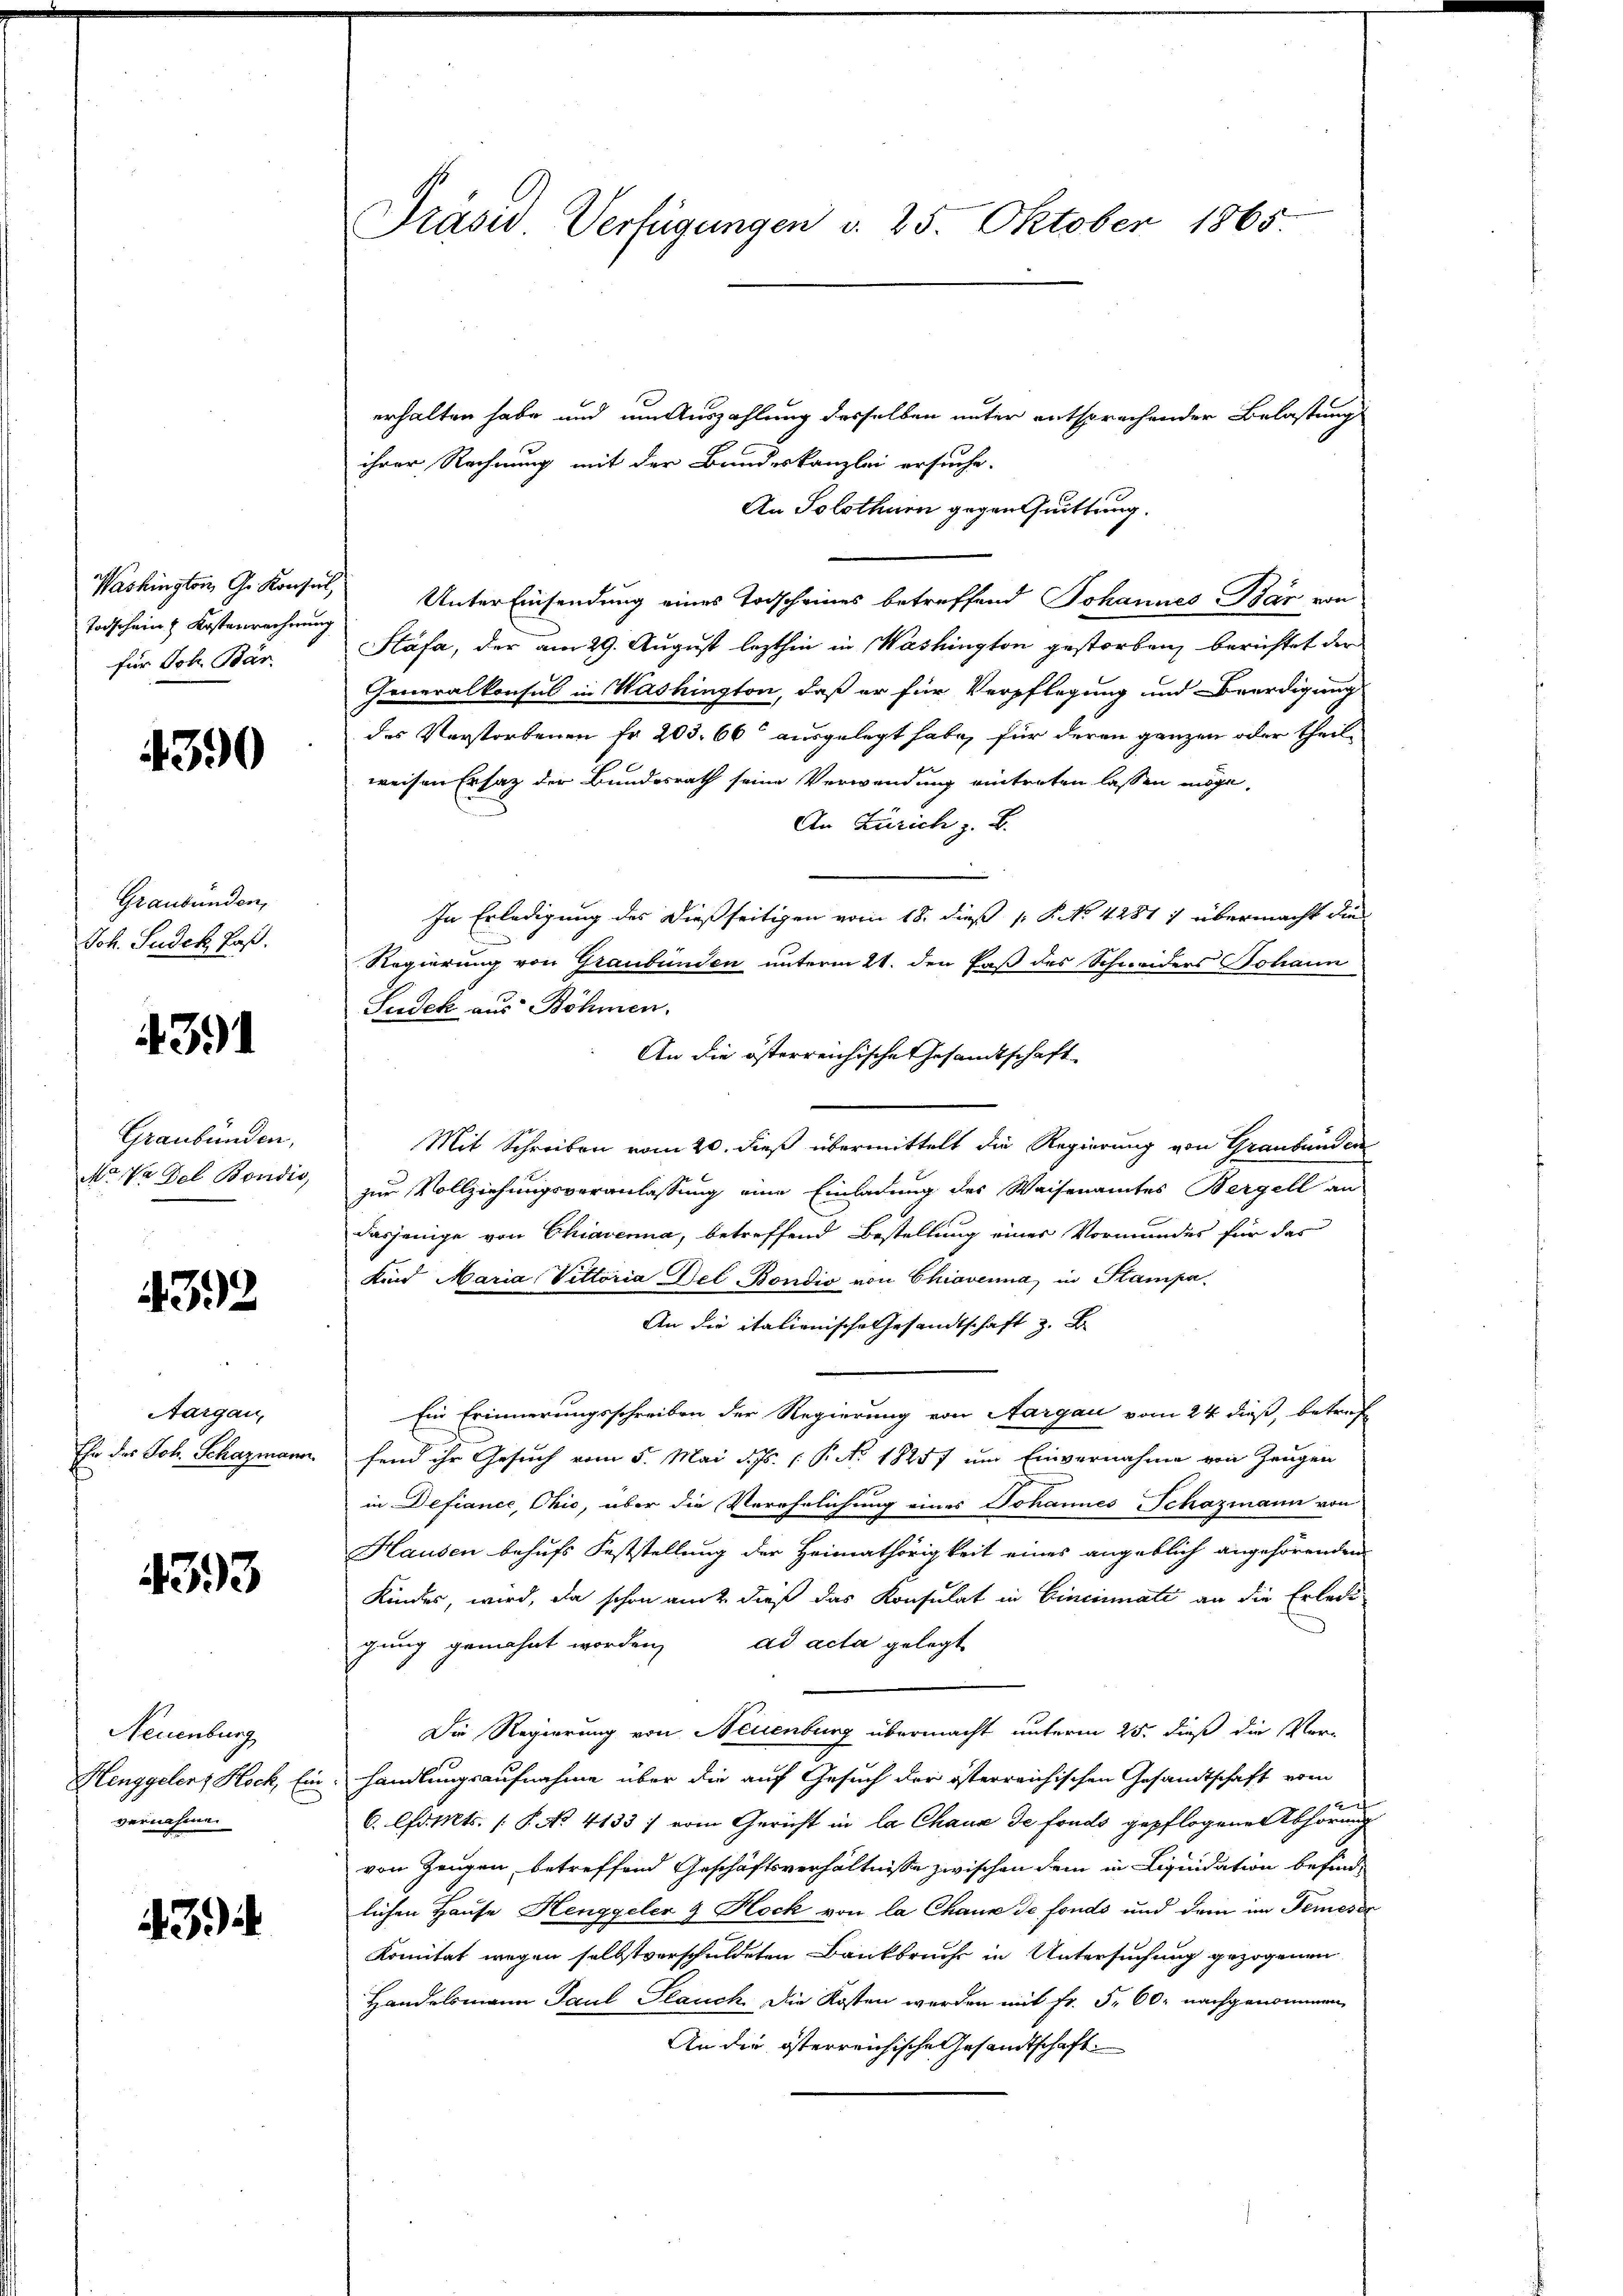
Todschein Kostenrechnung
für Joh. Bär

4390

Graubünden,
Joh. Sudek Faß.

4391

Graubünden,
Mode del Bondis,

4392

Aargau,

4393

Neuenburg
Henggelenz Hock, Ein
vernahmen

43

Präsid Verfügungen d. 25. Oktober 1865.

erhalten habe und um Auszahlung desselben unter entsprachender Belastung
ihrer Rechnung mit der Bundeskanzlei ersuche.
An Solothurn gegen Quittung.
Washington G. Konsul, Unter Einsendung eines Todscheines betreffend Johannes Bär von
Stäfa, der am 29. August lezthin in Washington gestorben, berichtet der
Generalkonsul in Washington, daß er für Verpflegung und Beerdigung
des Verstorbenen fr. 203. 66 ausgelegt habe, für deren ganzen oder theilweisen Ersatz der Bundesrath seine Verwendung eintreten lassen möge,
An Zürich z. B.
In Erledigung des dießseitigen vom 18. dieß P. No 4281) übermacht die
Regierung von Graubünden unterm 21. den Faß des Schneiders Johann
Sudek aus Böhmen.
An die österreichische Gesandtschaft
Mit Schreiben vom 20. dieß übermittelt die Regierung von Graubünden
zur Vollziehungsveranlassung eine Einladung des Waisenamtes Bergell an
dasjenige von Chiaverna, betreffend Bestellung einer Vormundes für das
Kind Maria Vittoria del Bondio von Chiaverna, in Stampa
An die italienische Gesandtschaft z. B.
Ein Erinnerungsschreiben der Regierung von Aargau vom 24 dieß, betref¬
Ehe des Joh. Schazmann, fand ihr Gesuch vom 5. Mai d. Js. 1. P. No. 18257 um Einvernahme von Zeugen
in Defiance, Ohio, über die Verehelichung eines Johannes Schazmann von
Hausen behufs Feststellung der Heimathörigkeit eines angeblich angehörenden
Kindes, wird, da schon auch dieß das Konsulat in Cincinate an die Erledi-
gung gemahnt worden, ad acta gelegt
Die Regierung von Neuenburg übermacht unterm 25. dieß die Ver-
handlungsaufnahme über die auf Gesuch der österreichischen Gesandtschaft vom
C. forts. [S. No. 4133; vom Gericht in la Chaus de fonds gepflogene Abhörung
von Zeugen, betreffend Geschäftsverhältnisse zwischen dem in Liquidation befind-
lichen Hause Henggeler & Hock von la Chaux de fonds und dem im Temeser
Komitat wegen selbstverschuldeten Bankbruchs in Untersuchung gezogenen
Handelsmann Paul Plauch. Die Kosten werden mit Fr. 5. 60 nachgenommen,
An die österreichische Gesandtschaft.